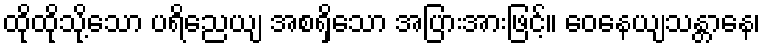
ထိုထိုသို့သော ပရိညေယျ အစရှိသော အပြားအားဖြင့်။ ဝေနေယျသန္တာနေ၊